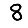
Digit: 8